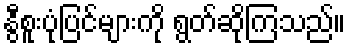
နွီစူးပုံပြင်များကို ရွတ်ဆိုကြသည်။